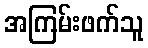
အကြမ်းဖက်သူ